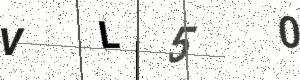
Text: VL50